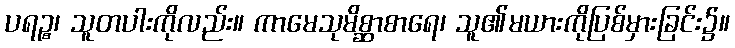
ပရဉ္စ၊ သူတပါးကိုလည်း။ ကာမေသုမိစ္ဆာစာရေ၊ သူ၏မယားကိုပြစ်မှားခြင်း၌။